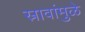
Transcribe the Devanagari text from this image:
स्रावांमुळे